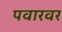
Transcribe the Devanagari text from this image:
पवारवर